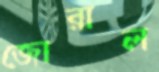
জোরাল